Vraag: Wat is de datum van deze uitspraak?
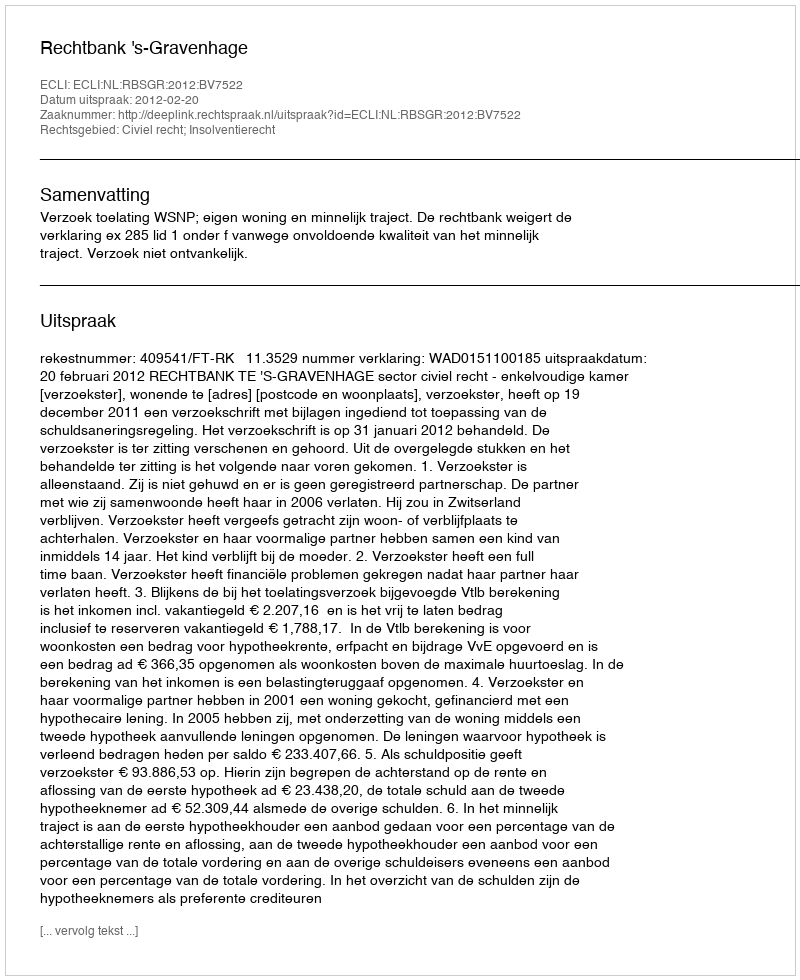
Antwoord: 2012-02-20